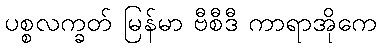
ပစ္စလက္ခတ် မြန်မာ ဗီစီဒီ ကာရာအိုကေ